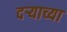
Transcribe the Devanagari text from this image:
दर्‍याच्या